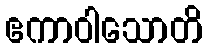
ဧကာဝါသောတိ